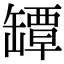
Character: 罈